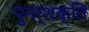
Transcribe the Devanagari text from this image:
पुनर्शक्ति